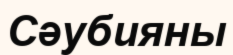
Сәубияны